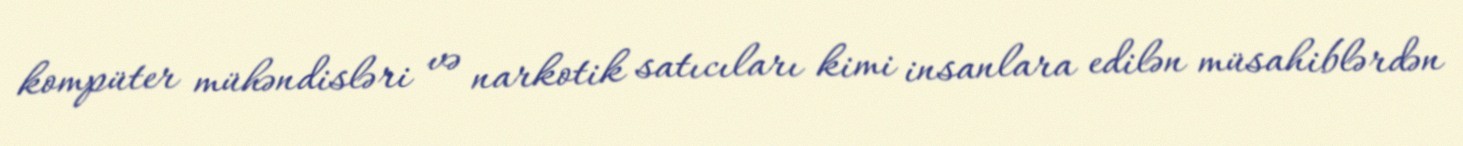
kompüter mühəndisləri və narkotik satıcıları kimi insanlara edilən müsahiblərdən